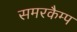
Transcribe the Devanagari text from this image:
समरकैम्प